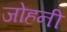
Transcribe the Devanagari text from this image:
जोहनी